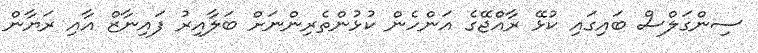
ސިންގަލްސް ބައިގައި ކުޅޭ ރާއްެޖޭގެ އަންހެން ކުޅުންތެރިންނަށް ބަލާއިރު ފައިނާޒް އާއި ރަޔާން